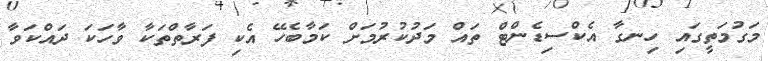
މަގުމަތީގައި ހިނގާ އެކްސިޑެންޓް ތައް މަދުކުރުމަށް ކަމާބެހޭ އެކި ފަރާތްތަކާ ވާހަކަ ދައްކަވާ